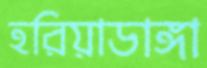
হরিয়াডাঙ্গা